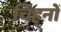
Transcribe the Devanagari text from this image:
चिह्‍नों